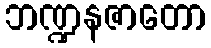
ဘဏ္ဍနဇာတော